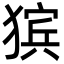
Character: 㺍